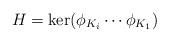
LaTeX: \begin{align*}H = \ker(\phi_{K_i} \cdots \phi_{K_1}) \end{align*}